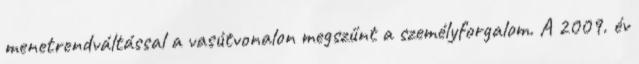
menetrendváltással a vasútvonalon megszűnt a személyforgalom. A 2009. év